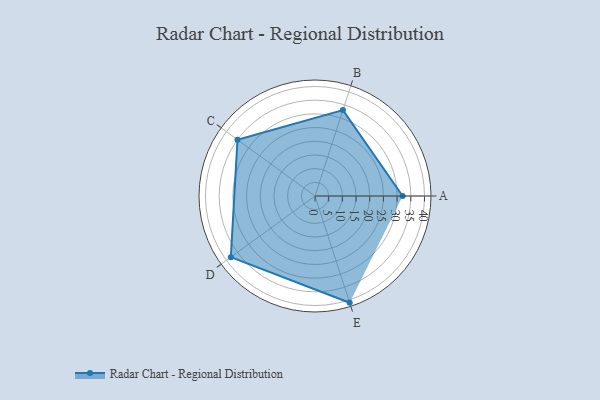
{"axis": {"x": "Skill", "y": "Score"}, "legend": ["Profile"], "data": [{"x": "A", "y": 32.0, "type": "Profile"}, {"x": "B", "y": 33.0, "type": "Profile"}, {"x": "C", "y": 35.0, "type": "Profile"}, {"x": "D", "y": 38.0, "type": "Profile"}, {"x": "E", "y": 41.0, "type": "Profile"}]}